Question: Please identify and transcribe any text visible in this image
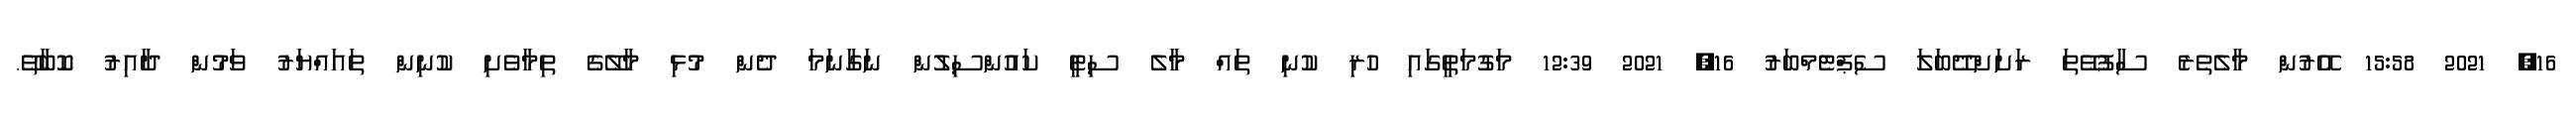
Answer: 16, 2021 15:58 އޭރުން މާލެތެރެ ސާފުވޭތަ ރަށަށްދޭބަލަ ސެޕްޓެމްބަރު 16, 2021 12:39 މަގުމަތީގައި ހުރި ކުނި ތައް މާލެ ސިޓީ ކައުންސިލުން ނަގާނަމަ ދެން މުޅި މާލޭގެ ތިމާވެށި ކުނިން ތައައްޔަރު ވަމުން ދާއިރު ކޮބާތޭ.